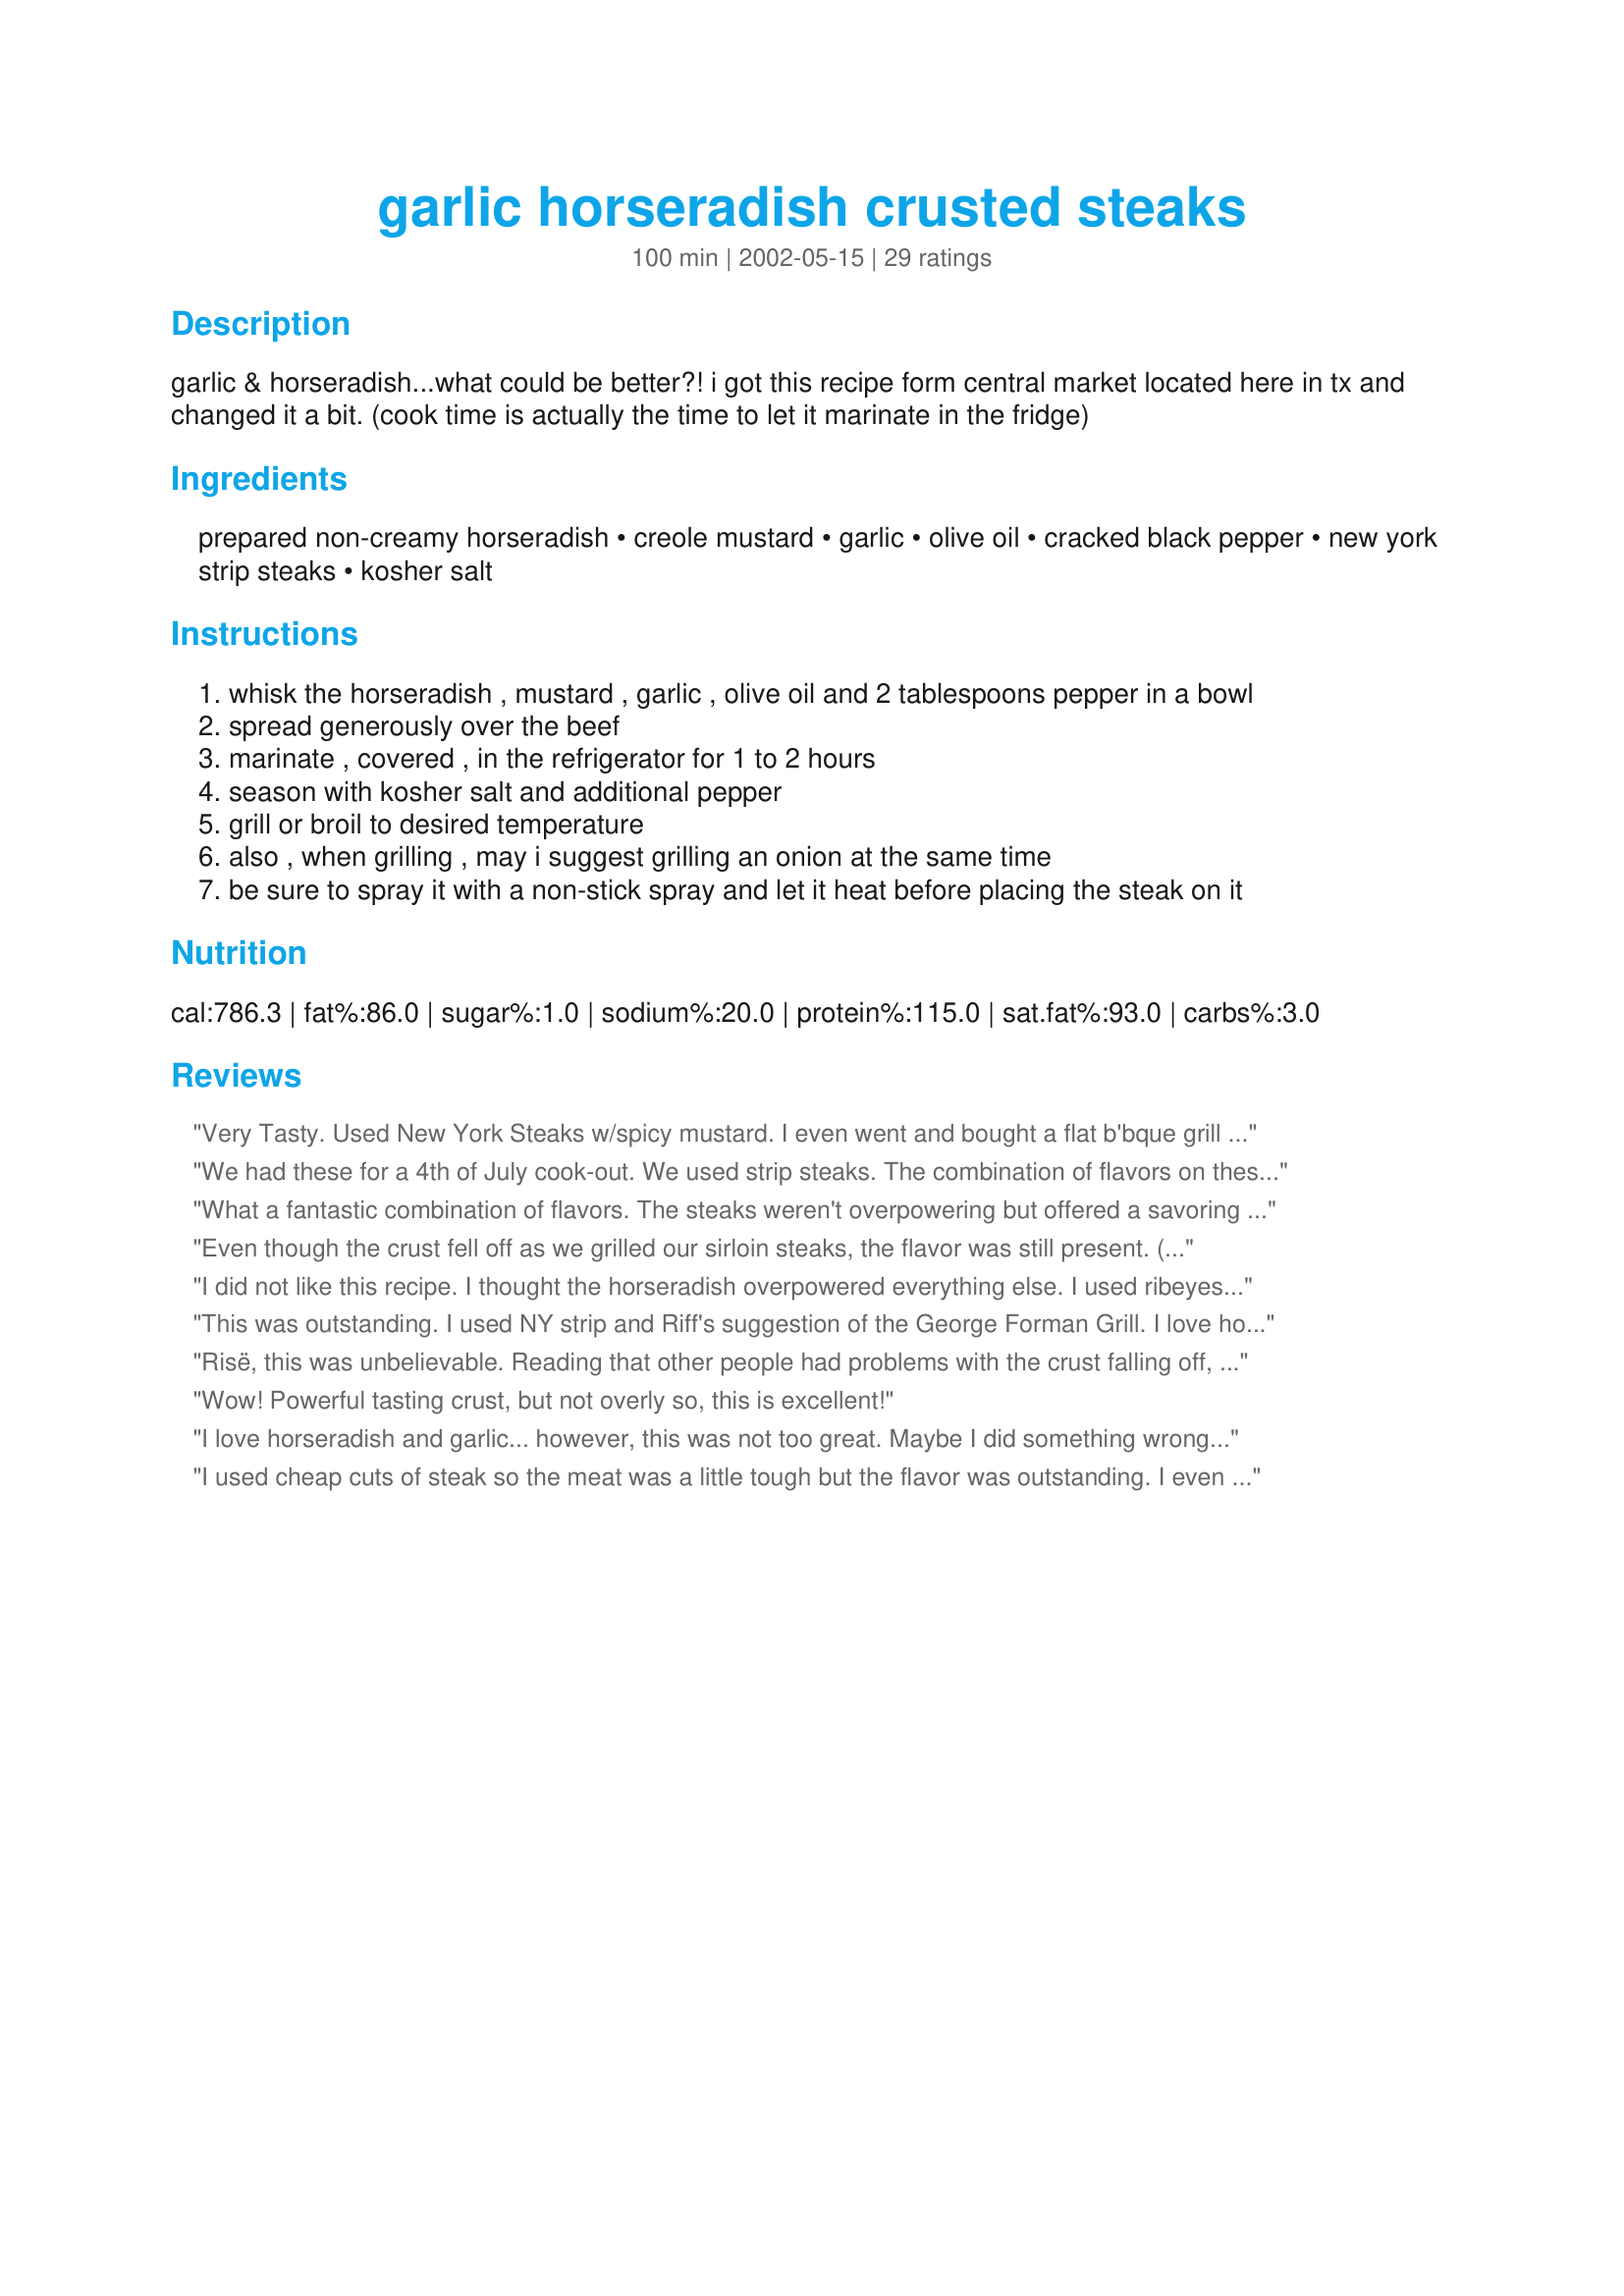
garlic horseradish crusted steaks
Preparation time: 100 minutes

garlic & horseradish...what could be better?! i got this recipe form central market located here in tx and changed it a bit. (cook time is actually the time to let it marinate in the fridge)

Ingredients:
prepared non-creamy horseradish, creole mustard, garlic, olive oil, cracked black pepper, new york strip steaks, kosher salt

Steps:
whisk the horseradish , mustard , garlic , olive oil and 2 tablespoons pepper in a bowl
spread generously over the beef
marinate , covered , in the refrigerator for 1 to 2 hours
season with kosher salt and additional pepper
grill or broil to desired temperature
also , when grilling , may i suggest grilling an onion at the same time
be sure to spray it with a non-stick spray and let it heat before placing the steak on it

Reviews:
Very Tasty. Used New York Steaks w/spicy mustard. I even went and bought a flat b'bque grill (needed one anyway, they are great for grilling vegies). Forgot to spray it, so I still had some difficulty with the crust. Surprisingly, the family thought the mustard overpowered. A strong receipe that I will try again.
We had these for a 4th of July cook-out. We used strip steaks. The combination of flavors on these steaks is great! I used dijon mustard and all 12 garlic cloves. We really loved these steaks! We used a grill basket to ensure we didn't lose any of the crust. Thanks, Rise! Will make these again!
What a fantastic combination of flavors. The steaks weren't overpowering but offered a savoring taste to the steaks. I did have some difficulty keeping the crust on so next time I will try the foil boats. A real keeper.
Even though the crust fell off as we grilled our sirloin steaks, the flavor was still present. (Ours stuck to the grill) Delicious! We will definitely make this again!
I did not like this recipe. I thought the horseradish overpowered everything else. I used ribeyes and the broiler and did not have a problem with the crust falling off, however I ended up scraping it off anyway. I may try this again by mixing bread crumbs with smaller amounts of horseradish and pepper.
This was outstanding. I used NY strip and Riff's suggestion of the George Forman Grill. I love horseradish so this was perfect! Thanks for posting!
Risë, this was unbelievable. Reading that other people had problems with the crust falling off, we made a foil boat for the steaks and did them on the grill with some hickory chips. We loved the steaks done this way and this is a keeper for us. Thanks for posting!
Wow! Powerful tasting crust, but not overly so, this is excellent!
I love horseradish and garlic... however, this was not too great. Maybe I did something wrong...
I used cheap cuts of steak so the meat was a little tough but the flavor was outstanding. I even dipped mine in additional horseradish. Mine didn&#039;t crust up even though I made a foil boat but I had to broil instead of grill. Will try again with a better cut of meat and on the barbie.
Just got done eating these! excellant!! if you're a fan of horseradish, and garlic (of course, it's a Rise recipe) then this is for you. we grilled them outside, i used tenderlion's they were so good, i will definately make this again! another winner Rise!
I too used top sirloin..it was on sale this week. I ended up marinading for more like 4 hours and what a tender tasty steak. I love garlic so I probably ended up putting in a little bit more, but otherwise followed the recipe. Thanks for a great idea!
This was one of the first recipes I tried on 'Zaar, and I can't believe I never reviewed it! Ever since I first made it, it has been our preferred way to make steak! This is an outstanding recipe!
YUM, YUM, YUM, DH and I made these the other night for dinner and DH wants them again tonight. Who would of thought mustard and horseradish together would make such a wonderful taste. Thanks Rise, this will be a big hit here at our house.
This was great! I cooked mine on my charcoal Weber and did not have a problem. Just make sure you only turn the steaks once and the crust falling off shouldn't be a problem. Delicious!
The steaks were delish! My husband and I loved them. I used creamy horserdish and it caused it to be more of a sauce than a paste. (I will follow the recipe next time) I also used beer mustard with horseradish that I think added to the flavor. I will definitely try it on the G. Foreman next time. Thanks for the recipe!
I used Tenderloin but was not happy with the marinade paste falling off - I can't imagine that would be the original Central Market recipe. I'm calling them tomorrow to find out because the flavor was great. Thanks to Titanium Chef for suggesting foil protection -- that could be a great help and I did follow the instructions and do Tinatium Chef's onions - they were awsome.
I tried this recipe over Memorial Day weekend and all I can say is that it gave an excellent flavor to the porterhouse steak that I used. The extra kick of the spicy mustard and horseradish along with the garlic was a real treat to the taste buds! This is a keeper - thank you Risë!
I used Sirloin too, They were Great! Not too spicy, not too bland. For the first time I ate my steak with no worchestershire sauce.
I used a sirloin and had great results. I was a little leary of so much horseradish but never fear, it has a great flavor with all the garlic and pepper. The only problem I had was keeping the crust on so I put it on the George Foreman and WOW! Great recipe Risë!
I made these last night for dinner, with one small ingredient change. My husband (who might as well be a carnivore) told me this was the best steak he has ever had. Needless to say, I was speechless, seeing that this was the first time I had ever made steak on my own. He's always prepped it and grilled it himself. So, I was quite pleased! I did not have spicy brown mustard, so I used some whole-grain honey whiskey mustard that I had in the fridge. My steaks were just over an inch thick, and I grilled them for approx. 9 minutes per side on my grill pan. The crust did pull off, but the meat was still immensely flavorful! A fabulous recipe! Can't wait to try it with a roast!
Rise, I too, like the others was a skeptic because of so much horseradish. But there's just a hint of the flavor when it's done. And the flavor was just perfect. I'm making it a second time tonight for dinner (twice in one week). I just couldn't believe how juicy and tender the steak turned out. Thank you very much for sharing this with the Zaar.
This was very good!! I also was leary about all the horseradish but it was just right. Good combination for the steak!!!
Thanks for a great recipe! This made a cheap sirloin taste really great with no sauce at all! Some of the crust did fall off, but there was no worry about that because all the flavor was still there, and man, oh man what a flavor it is! I think this might be one of the best steaks I have ate in my life! Rise, you've really got a winner! **********
Great steak recipe! We used horseradish mustard for a bit of extra kick. :) These were juicy, and flavourful. The use of foil kept the crust just where it should be... wrapped around that juicy little steak. As a note, I should mention that we (being heat-lovers) thought this dish would be a lot more 'in your face'. The flavours seemed to mellow together nicely during a 6-hour marinade. We'll be making this soon, for company.
I'm not going to rate this yet because I want to make it again. I think I let it marinate to long, like 23 hours to long. So all the flavors overpowered the steak. So I'll get back to you on this later.
Great recipe! It was the hit of my Labor Day party. Based on comments that the crust fell off, I spread the paste on filet mignon steaks and put them in a veggie grill basket. Worked well. Next time, I'd like to add crushed almonds and put the paste on rack of lamb. I highly recommend this recipe as company fare.
Only so-so for us. Sorry.
Rise..sorry cant do the dots!

This was something to brag about. We used the prepared horseradish, a spicy brown mustard and delmonico steaks.

From everyone else's ideas (and a little ingenuity), used a second grill grate covered with foil (with a few holes) to keep the crust from falling off. Just one slot above the heat. 

They were melt in the mouth tasty! I should give them your address, I'm sure they'd be happy to drive down to TX!

Thank you for the wonderful recipe.
